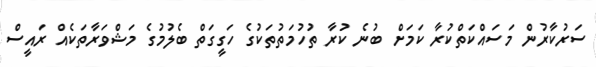
ސަރުކާރުން މަސައްކަތްކުރާ ކަމަށް ބުނެ ކުރާ ތުހުމަތުތަކުގެ ހަގީގަތް ބެލުމުގެ މަޝްވަރާތަކެއް ރައީސް